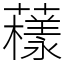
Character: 𧁒